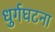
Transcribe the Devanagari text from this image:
धुर्गघटना